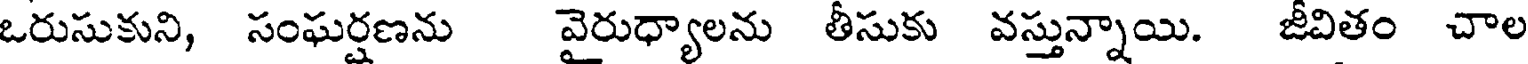
ఒరుసుకుని, సంఘర్షణను వైరుధ్యాలను తీసుకు వస్తున్నాయి. జీవితం చాల